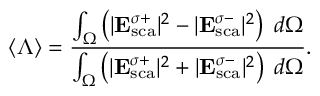
\langle \Lambda \rangle = \frac { \int _ { \Omega } \left( { | { \bf E } _ { \mathrm { { s c a } } } ^ { \sigma + } } | ^ { 2 } - { | { \bf E } _ { \mathrm { s c a } } ^ { \sigma - } } | ^ { 2 } \right) \; d \Omega } { \int _ { \Omega } \left( { | { \bf E } _ { \mathrm { { s c a } } } ^ { \sigma + } } | ^ { 2 } + { | { \bf E } _ { \mathrm { s c a } } ^ { \sigma - } } | ^ { 2 } \right) \; d \Omega } .